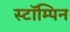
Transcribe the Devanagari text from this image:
स्टॉम्पिन